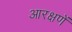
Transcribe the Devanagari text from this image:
आरक्षणें